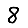
Digit: 8